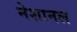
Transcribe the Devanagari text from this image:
नेशानल